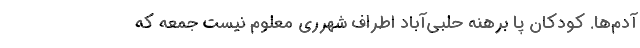
آدم‌ها. کودکان پا برهنه حلبی‌آباد اطراف شهرری معلوم‌ ‌نیست جمعه که